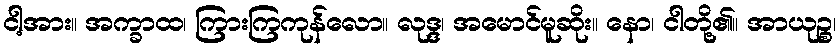
ငါ့အား။ အက္ခာထ၊ ကြားကြကုန်လော။ လုဒ္ဒ၊ အမောင်မူဆိုး။ နော၊ ငါတို့၏။ အာယုဉ္စ၊